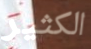
الكثير